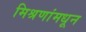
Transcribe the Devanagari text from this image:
मिश्रणांमधून